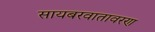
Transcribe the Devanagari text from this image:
सायबरवातावरण